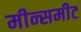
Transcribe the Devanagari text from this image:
मीन्समीट